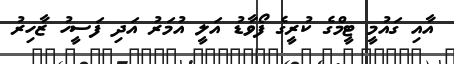
އާއި ގައުމީ ޓީމްގެ ކުރީގެ ފޯވާޑު އަލީ އުމަރު އަދި ފަސީހު ޒާހިރު